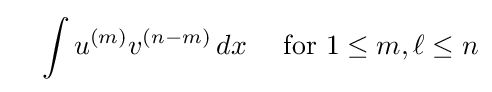
\quad \int u^{(m)}v^{(n-m)}\,dx\quad {\text{ for }}1\leq m,\ell \leq n